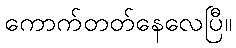
ကောက်တတ်နေလေပြီ။